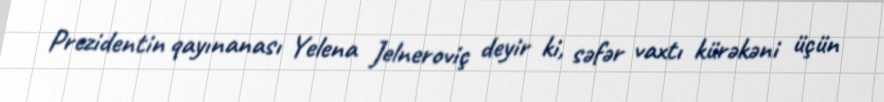
Prezidentin qayınanası Yelena Jelneroviç deyir ki, səfər vaxtı kürəkəni üçün